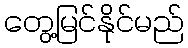
တွေ့မြင်နိုင်မည်